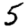
Digit: 5